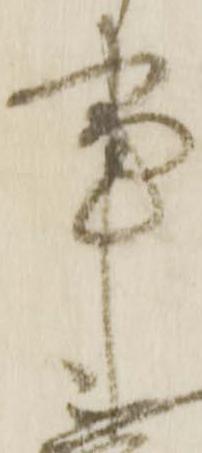
事